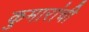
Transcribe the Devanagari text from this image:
कुमारांची